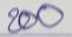
200